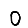
Digit: 0